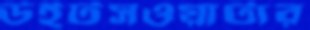
উইটসওয়াটার